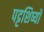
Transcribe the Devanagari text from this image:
पट्टशिष्यों